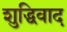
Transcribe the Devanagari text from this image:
शुद्धिवाद